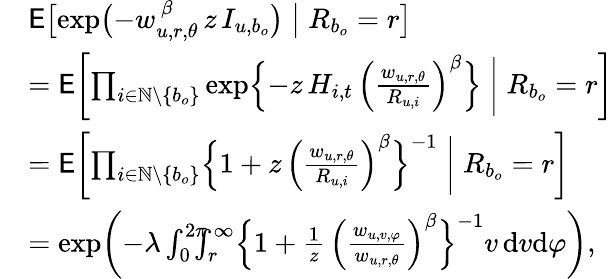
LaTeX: \begin{array}{rl}&{\mathsf{E}\bigl[\exp\bigl(-w_{u,r,\theta}^{\, \beta}\, z\, I_{u,b_{o}}\bigr)\bigm|R_{b_{o}}=r\bigr]}\\ &{=\mathsf{E}\biggl[\prod_{i\in\mathbb{N}\setminus\{ b_{o}\} }\exp\Bigl\{ -z\, H_{i,t}\, \Bigl(\frac{w_{u,r,\theta}}{R_{u,i}}\Bigr)^{\beta}\Bigr\} \biggm|R_{b_{o}}=r\biggr]}\\ &{=\mathsf{E}\biggl[\prod_{i\in\mathbb{N}\setminus\{ b_{o}\} }\Bigl\{ 1+z\, \Bigl(\frac{w_{u,r,\theta}}{R_{u,i}}\Bigr)^{\beta}\Bigr\} ^{-1}\biggm|R_{b_{o}}=r\biggr]}\\ &{=\exp\biggl(-\lambda\int_{0}^{2\pi}\! \! \! \! \int_{r}^{\infty}\Bigl\{ 1+\frac{1}{z}\, \Bigl(\frac{w_{u,v,\varphi}}{w_{u,r,\theta}}\Bigr)^{\beta}\Bigr\} ^{-1}v\, \mathrm{d}v\mathrm{d}\varphi\biggr),}\end{array}